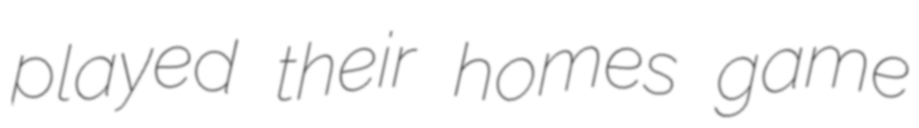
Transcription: played their homes game